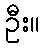
ဦး။